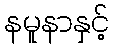
နမူနာနှင့်